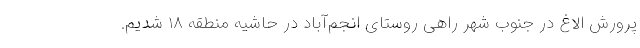
پرورش الاغ در جنوب شهر راهی روستای انجم‌آباد در حاشیه منطقه ۱۸ شدیم.